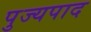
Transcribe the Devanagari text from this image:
पुज्यपाद